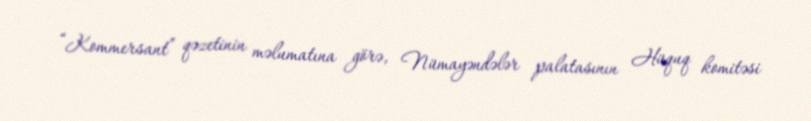
“Kommersant” qəzetinin məlumatına görə, Nümayəndələr palatasının Hüquq komitəsi